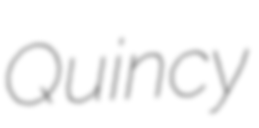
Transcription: Quincy